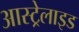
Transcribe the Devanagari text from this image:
आस्ट्रेलाइड